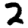
Digit: 2